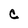
Character: C